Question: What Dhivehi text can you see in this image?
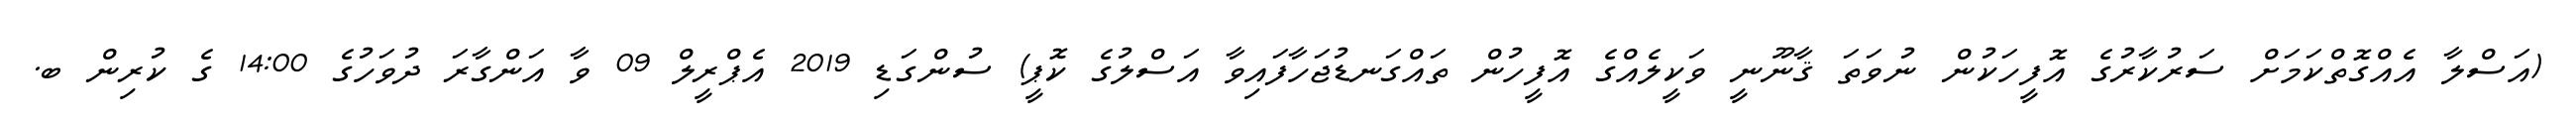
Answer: (އަސްލާ އެއްގޮތްކަމަށް ސަރުކާރުގެ އޮފީހަކުން ނުވަތަ ޤާނޫނީ ވަކީލެއްގެ އޮފީހުން ތައްގަނޑުޖަހާފައިވާ އަސްލުގެ ކޮޕީ) ސުންގަޑި 2019 އެޕްރީލް 09 ވާ އަންގާރަ ދުވަހުގެ 14:00 ގެ ކުރިން ބ.